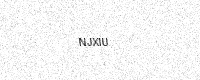
Text: NJXIU